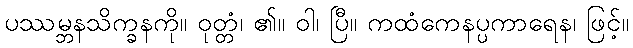
ပဿမ္ဘနသိက္ခနကို။ ဝုတ္တံ၊ ၏။ ဝါ၊ ပြီ။ ကထံကေနပ္ပကာရေန၊ ဖြင့်။